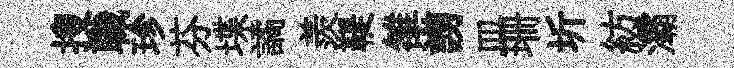
搜職珍芬堞譎羨鞮雒謭皿珊圻紡灞